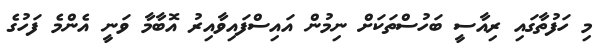
މި ހަފުތާގައި ރިއާސީ ބަހުސްތަކަށް ނިމުން އައިސްފައިވާއިރު އޮބާމާ ވަނީ އެންމެ ފަހުގެ